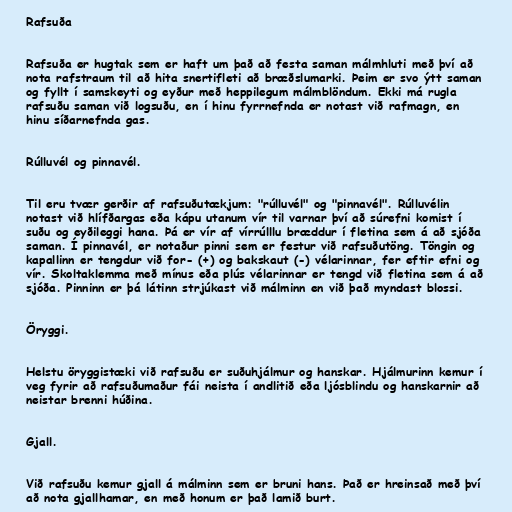
Rafsuða

Rafsuða er hugtak sem er haft um það að festa saman málmhluti með því að
nota rafstraum til að hita snertifleti að bræðslumarki. Þeim er svo ýtt saman
og fyllt í samskeyti og eyður með heppilegum málmblöndum. Ekki má rugla
rafsuðu saman við logsuðu, en í hinu fyrrnefnda er notast við rafmagn, en
hinu síðarnefnda gas.

Rúlluvél og pinnavél.

Til eru tvær gerðir af rafsuðutækjum: "rúlluvél" og "pinnavél". Rúlluvélin
notast við hlífðargas eða kápu utanum vír til varnar því að súrefni komist í
suðu og eyðileggi hana. Þá er vír af vírrúlllu bræddur í fletina sem á að sjóða
saman. Í pinnavél, er notaður pinni sem er festur við rafsuðutöng. Töngin og
kapallinn er tengdur við for- (+) og bakskaut (-) vélarinnar, fer eftir efni og
vír. Skoltaklemma með mínus eða plús vélarinnar er tengd við fletina sem á að
sjóða. Pinninn er þá látinn strjúkast við málminn en við það myndast blossi.

Öryggi.

Helstu öryggistæki við rafsuðu er suðuhjálmur og hanskar. Hjálmurinn kemur í
veg fyrir að rafsuðumaður fái neista í andlitið eða ljósblindu og hanskarnir að
neistar brenni húðina.

Gjall.

Við rafsuðu kemur gjall á málminn sem er bruni hans. Það er hreinsað með því
að nota gjallhamar, en með honum er það lamið burt.